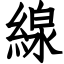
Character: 線